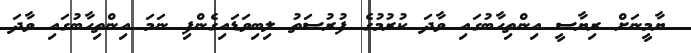
ޔާމީނަށް ރިޔާސީ އިންތިހާބުގައި ވާދަ ކުރުމުގެ ފުުރުސަތު ލިބިވަޑައިގެންފި ނަމަ އިންތިހާބުގައި ވާދަ